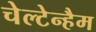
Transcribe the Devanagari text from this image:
चेल्टेन्हैम